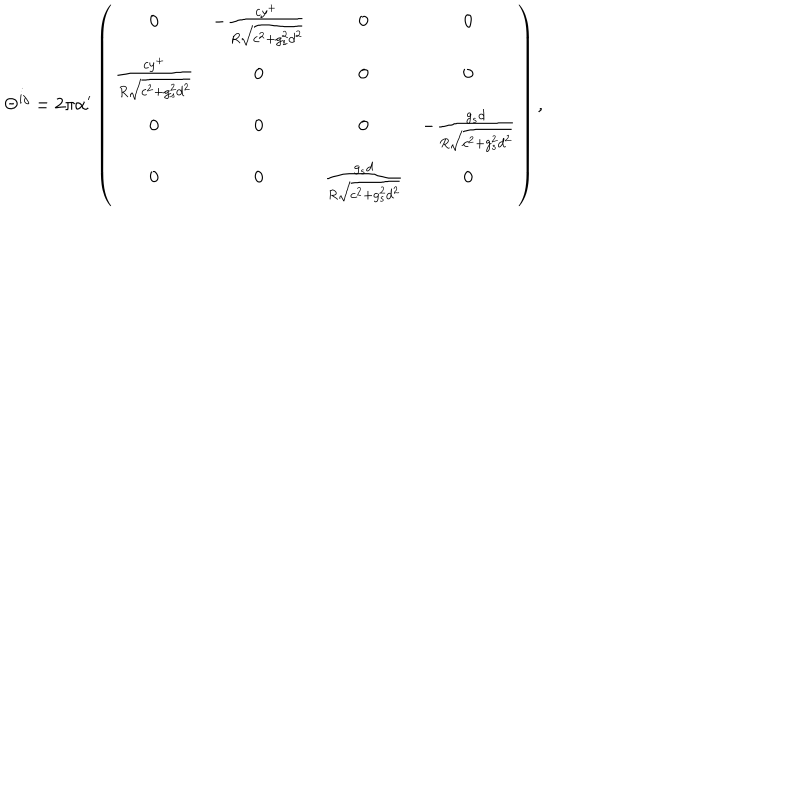
\Theta ^ { i j } = 2 \pi \alpha ^ { \prime } \left( \begin{array} { c c c c } { { 0 } } & { { - \frac { c y ^ { + } } { R \sqrt { c ^ { 2 } + g _ { s } ^ { 2 } d ^ { 2 } } } } } & { { 0 } } & { { 0 } } \\ { { \frac { c y ^ { + } } { R \sqrt { c ^ { 2 } + g _ { s } ^ { 2 } d ^ { 2 } } } } } & { { 0 } } & { { 0 } } & { { 0 } } \\ { { 0 } } & { { 0 } } & { { 0 } } & { { - \frac { g _ { s } d } { R \sqrt { c ^ { 2 } + g _ { s } ^ { 2 } d ^ { 2 } } } } } \\ { { 0 } } & { { 0 } } & { { \frac { g _ { s } d } { R \sqrt { c ^ { 2 } + g _ { s } ^ { 2 } d ^ { 2 } } } } } & { { 0 } } \\ \end{array} \right) ,